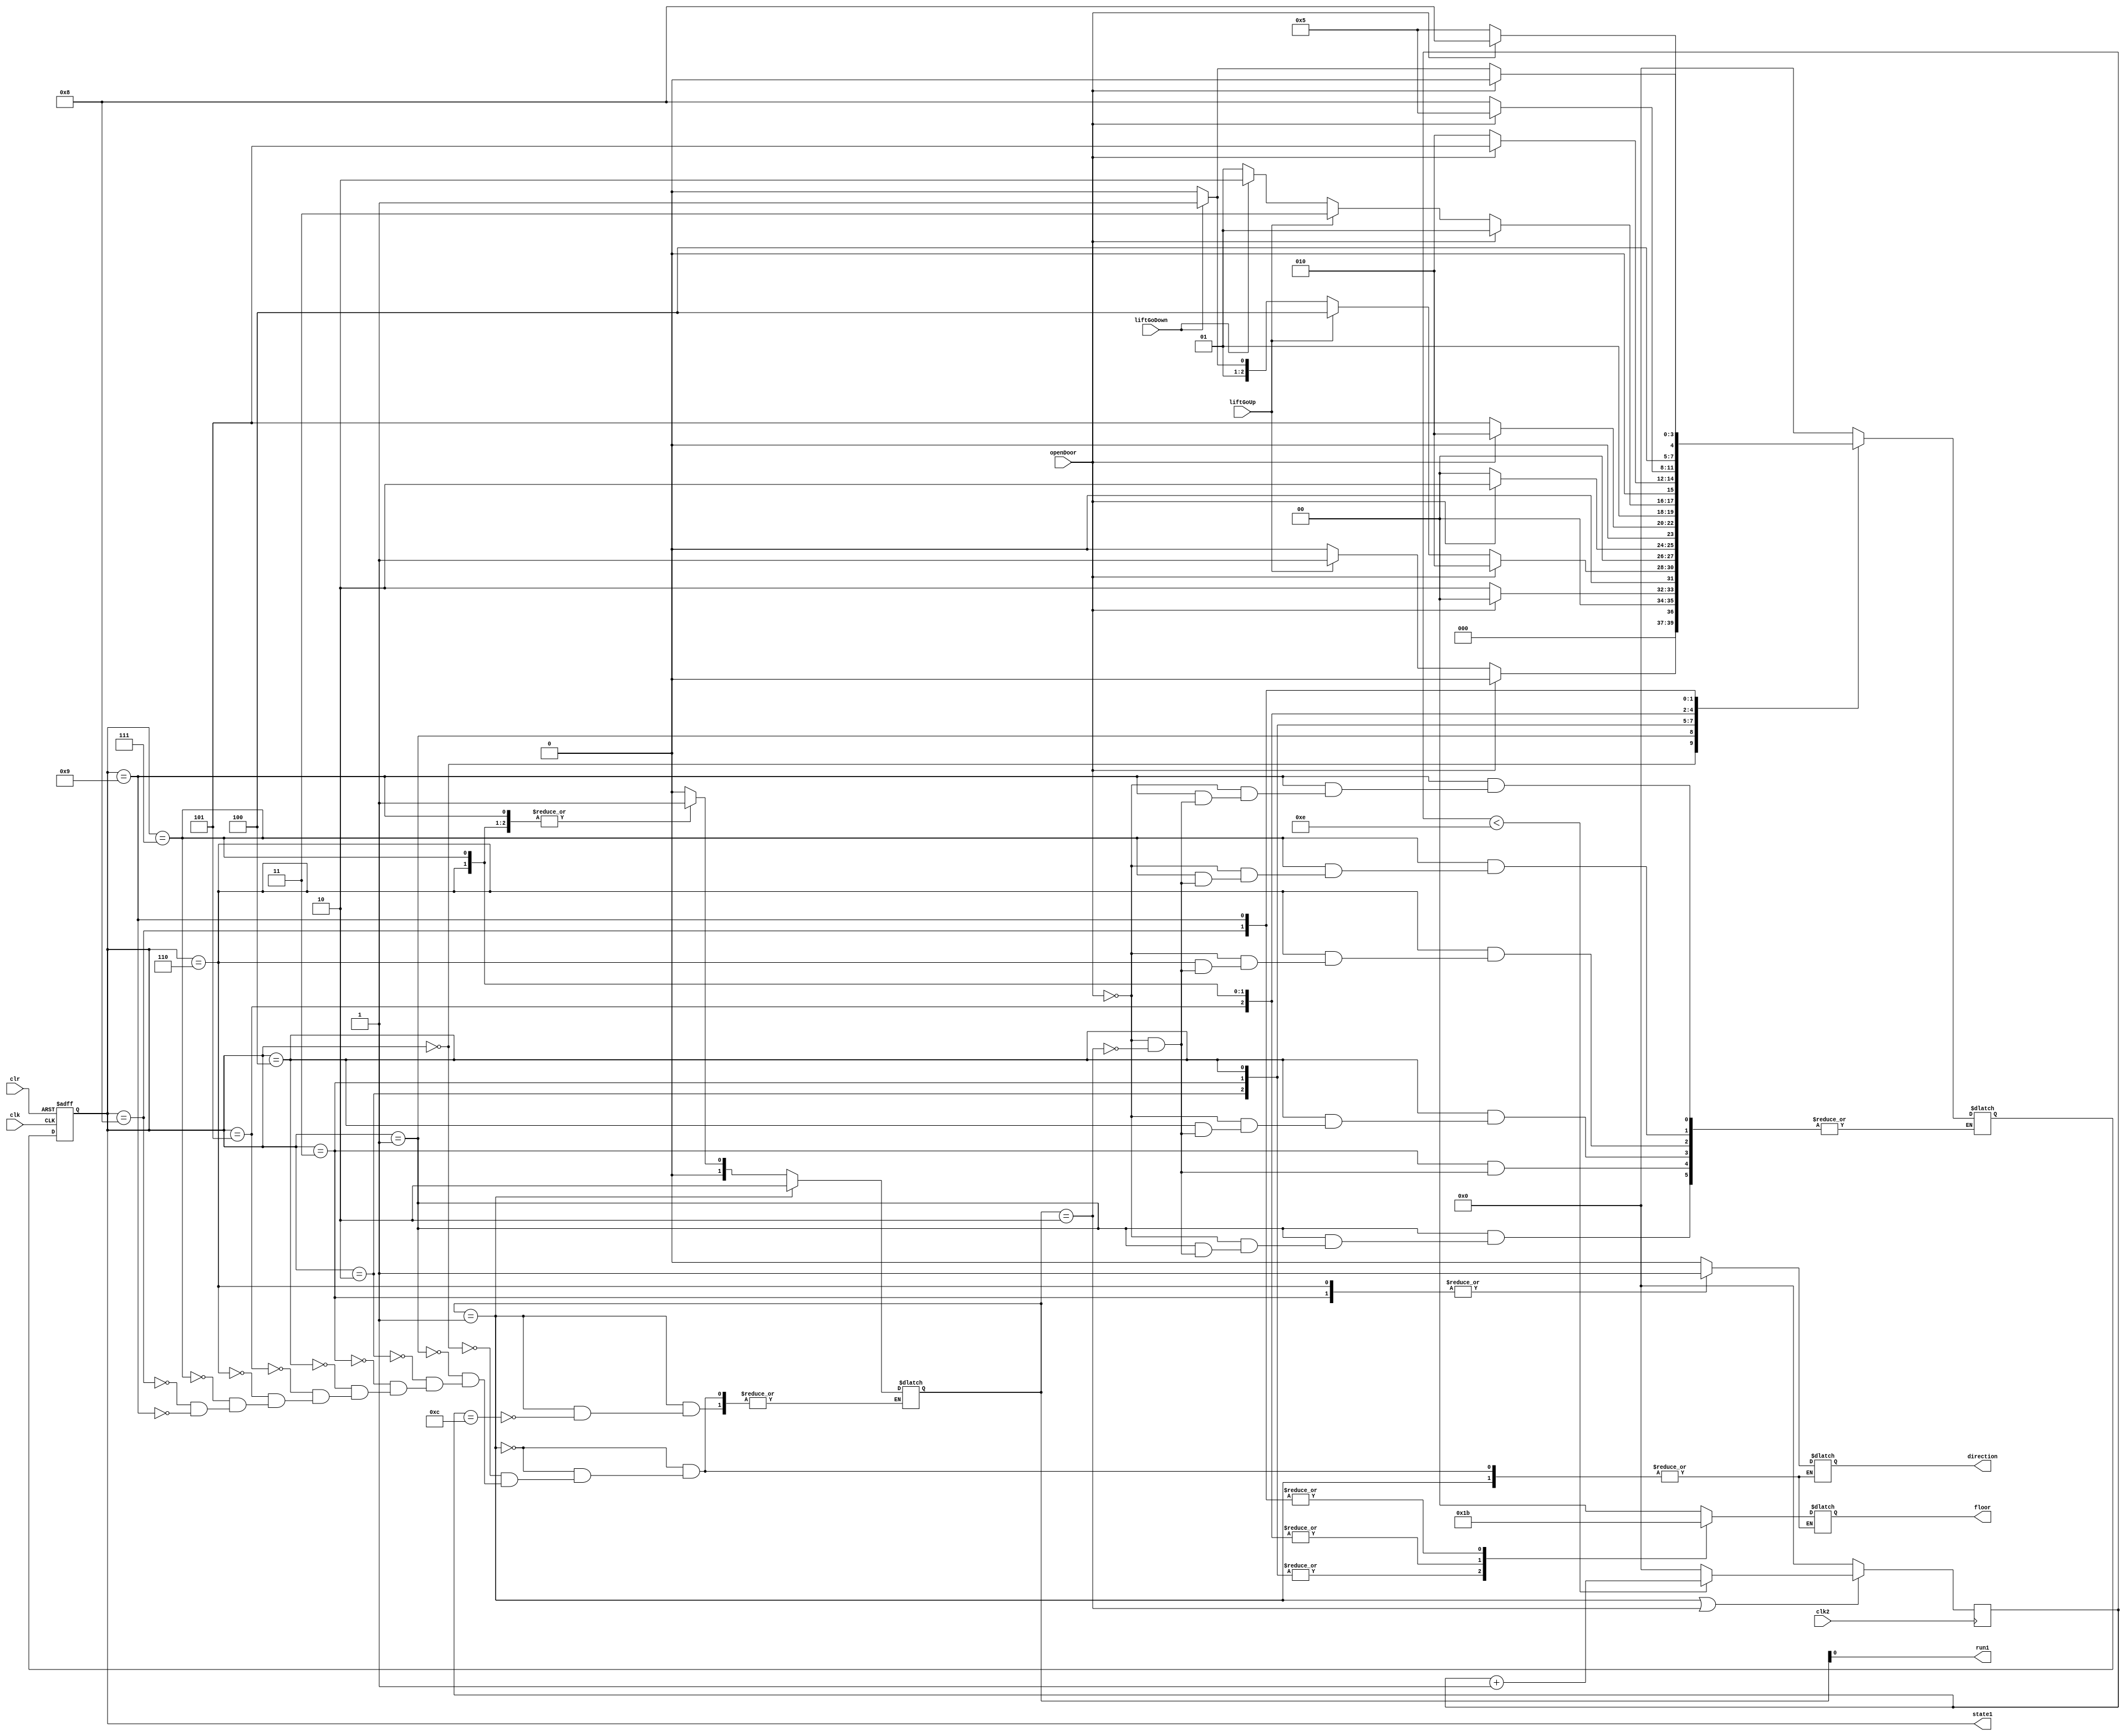
`timescale 1ns / 1ps
//* control state 
module control(
	input  clk,        // clk12hz
	input  clk2,       // clk12hz
	input  clr,        // clr
	input  liftGoUp,   // liftGoUp
	input  liftGoDown, // liftGoDown
	input  openDoor,   // openDoor
	output reg[1:0]floor,
	output reg direction, //  0 -> up, 1 -> down 
	output run1,
	output [3:0] state1
);
	reg [3:0] present_state=0,next_state=0;

	//*		`run = 2'b01` means the elevator is going down,
	//*		`run = 2'b10` means the elevator is going up 
	//!     `run` SHOULD NOT BE 2'b00||2'b11
	reg [1:0] run=0; 

	assign run1=run[0];
	assign state1=present_state;
	reg [3:0] canrun=4'b0000;
	
	/*       
	*        When state = ?
	*           S0=StopAtFloor1
	*           S1=GoUpToFloor2
	*           S2=StopAtFloor2
	*           S3=GoDownToFloor1
	*           S4=GoUpToFloor3
	*           S5=StopAtFloor3
	*           S6=GoDownToFloor2
	*           S7=GoUpToFloor4
	*           S8=StopAtFloor4
	*           S9=GoDownToFloor3
	*/
	parameter   S0=4'b0000,
				S1=4'b0001,
				S2=4'b0010,
				S3=4'b0011,
				S4=4'b0100,
				S5=4'b0101,
				S6=4'b0110,
				S7=4'b0111,
				S8=4'b1000,
				S9=4'b1001;


	always@( negedge clk2 ) begin
		if(run==2'b01||run==2'b10) begin
			if(canrun<4'b1110)
				canrun=canrun+1;
			else
				canrun=4'b0000;
		end
		else 
			canrun=4'b0000;
	end
	
	//* clr
	always@(posedge clk or posedge clr) begin
		if(clr==1)
			present_state<=S0;
		else
			present_state<=next_state;
	end

	//* check fsm.jpg for detail 
	//* fsm *//
	always@(*) begin
	case(present_state)
		S0: 
		if(openDoor)
			next_state=S0;
		else if(liftGoUp)
			next_state=S1;
		else 
			next_state=S0;
		S1: 
		if(openDoor)
			next_state=S0;
		else if(run==2'b10)
			next_state=S2;
		
		S2: 
		if(openDoor)
			next_state<=S2;
		else if(liftGoUp)
			next_state<=S4;
		else if(liftGoDown)
			next_state<=S3;
		else 
			next_state<=S2;
		S3: 
		if(openDoor)
			next_state<=S2;
		else if(run==2'b10) 
			next_state<=S0;
		
		S4: 
		if(openDoor)
			next_state=S2;
		else if(run==2'b10)
			next_state=S5;
		
		S5: 
		if(openDoor)
			next_state=S5;
		else if(liftGoUp)
			next_state=S7;
		else if(liftGoDown)
			next_state=S6;
		else 
			next_state=S5;
		S6: 
		if(openDoor)
			next_state=S5;
		else if(run==2'b10)
			next_state=S2;
		
		S7: 
		if(openDoor)
			next_state=S5;
		else if(run==2'b10)
			next_state=S8;

		S8: 
		if(openDoor)
			next_state=S8;
		else if(liftGoDown)
			next_state=S9;
		else 
			next_state=S8;
		S9: 
		if(openDoor)
			next_state=S8;
		else if(run==2'b10)
			next_state=S5;
		
		default:
		  next_state=S0;
	endcase 
	end


	//* outputs *//
	always@(*) begin
		if(run==1) begin 
			if(canrun==4'b1100)
				run=2'b10;
			
		end
		else begin
			case(present_state)
				S0:begin
					floor=2'b00;
					direction=0;
					run=0;
				end
				S1: begin
					floor=2'b00;
					direction=0;
					run=1;
				end
				S2: begin
					floor=2'b01;
					direction=0; 
					run=0;
				end
				S3: begin
					floor=2'b01;
					direction=1; 
					run=1;
				end
				S4: begin
					floor=2'b01;
					direction=0;
					run=1;
				end
				S5: begin
					floor=2'b10;
					direction=0; 
					run=0;
				end
				S6: begin
					floor=2'b10;
					direction=1;
					run=1;
				end
				S7: begin
					floor=2'b10;
					direction=0;
					run=1;
				end
				S8: begin
					floor=2'b11;
					direction=0;
					run=0;
				end
				S9: begin
					floor=2'b11;
					direction=0;
					run=1;
				end
			endcase
		end
	end



endmodule